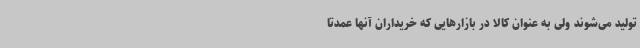
تولید می‌شوند ولی به عنوان کالا در بازارهایی که خریداران آنها عمدتاً